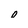
Character: O